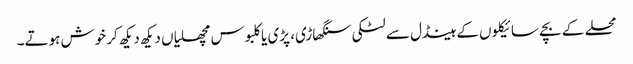
محلے کے بچے سائیکلوں کے ہینڈل سے لٹکی سنگھاڑی، پڑی یا کلبوس مچھلیاں دیکھ دیکھ کر خوش ہوتے۔